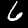
Digit: 6